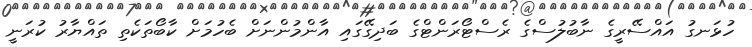
ހުޅަނގު އައްސޭރީގެ ނާބުލުސްގެ ރެސްޓޯރަންޓްގެ ބަދިގޭގައި އާންމުންނަށް ބެހުމަށް ކާބޯތަކެތި ތައްޔާރު ކުރަނީ